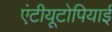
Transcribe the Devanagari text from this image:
एंटीयूटोपियाई